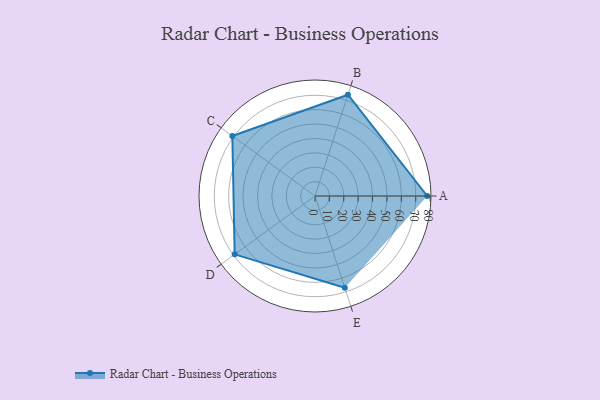
{"axis": {"x": "Skill", "y": "Score"}, "legend": ["Profile"], "data": [{"x": "A", "y": 78.0, "type": "Profile"}, {"x": "B", "y": 74.0, "type": "Profile"}, {"x": "C", "y": 71.0, "type": "Profile"}, {"x": "D", "y": 69.0, "type": "Profile"}, {"x": "E", "y": 67.0, "type": "Profile"}]}